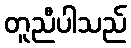
တူညီပါသည်